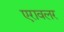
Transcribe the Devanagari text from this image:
एरावलर